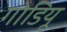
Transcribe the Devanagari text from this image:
गोडियू